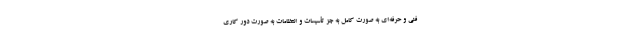
فنی و حرفه‌ای به صورت کامل به جز تأسیسات و انتظامات به صورت دور کاری